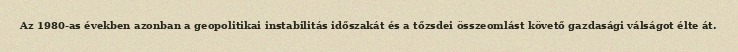
Az 1980-as években azonban a geopolitikai instabilitás időszakát és a tőzsdei összeomlást követő gazdasági válságot élte át.